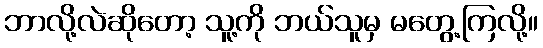
ဘာလို့လဲဆိုတော့ သူ့ကို ဘယ်သူမှ မတွေ့ကြလို့။